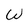
Character: W